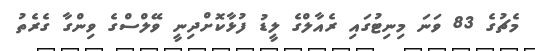
މެޗުގެ 83 ވަނަ މިނިޓުގައި ރެއާލްގެ ލީޑު ފުޅާކޮށްދިނީ ވޭލްސްގެ ވިންގާ ގެރެތު